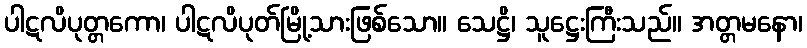
ပါဋလိပုတ္တကော၊ ပါဋလိပုတ်မြို့သားဖြစ်သော။ သေဋ္ဌိ၊ သူဋ္ဌေးကြီးသည်။ အတ္တမနော၊